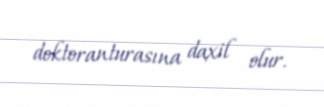
doktoranturasına daxil olur.